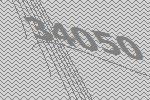
34050